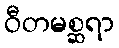
ဝီတမစ္ဆရာ